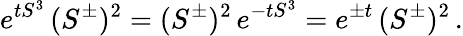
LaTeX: e^{tS^{3}}\, (S^{\pm})^{2}=(S^{\pm})^{2}\, e^{-tS^{3}}=e^{\pm t}\, (S^{\pm})^{2}\, .